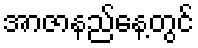
အာဇာနည်နေ့တွင်